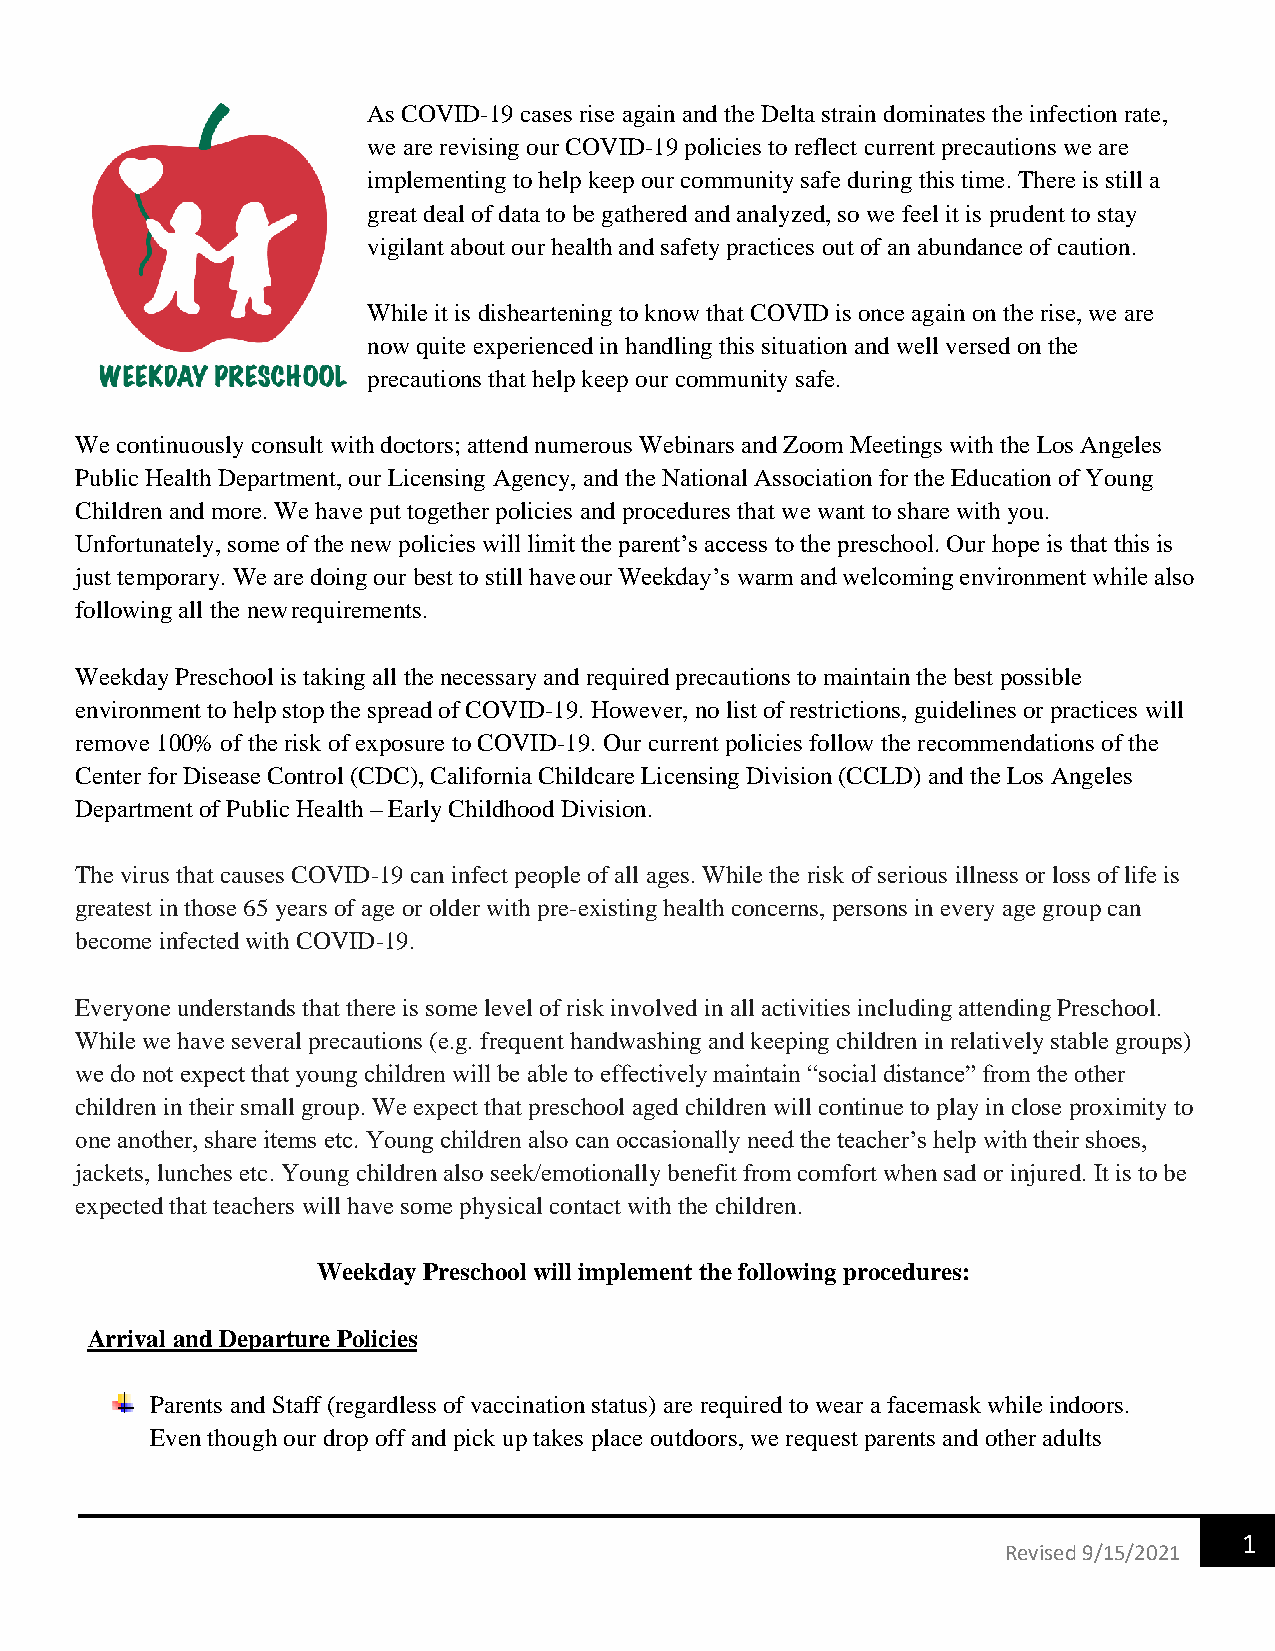
As COVID-19 cases rise again and the Delta strain dominates the infection rate,
 we are revising our COVID-19 policies to reflect current precautions we are
 implementing to help keep our community safe during this time. There is still a
 great deal of data to be gathered and analyzed, so we feel it is prudent to stay
 vigilant about our health and safety practices out of an abundance of caution.
 While it is disheartening to know that COVID is once again on the rise, we are
 now quite experienced in handling this situation and well versed on the
 precautions that help keep our community safe.
 We continuously consult with doctors; attend numerous Webinars and Zoom Meetings with the Los Angeles
 Public Health Department, our Licensing Agency, and the National Association for the Education of Young
 Children and more. We have put together policies and procedures that we want to share with you.
 Unfortunately, some of the new policies will limit the parent’s access to the preschool. Our hope is that this is
 just temporary. We are doing our best to still have our Weekday’s warm and welcoming environment while also
 following all the new requirements.
 Weekday Preschool is taking all the necessary and required precautions to maintain the best possible
 environment to help stop the spread of COVID-19. However, no list of restrictions, guidelines or practices will
 remove 100% of the risk of exposure to COVID-19. Our current policies follow the recommendations of the
 Center for Disease Control (CDC), California Childcare Licensing Division (CCLD) and the Los Angeles
 Department of Public Health – Early Childhood Division.
 The virus that causes COVID-19 can infect people of all ages. While the risk of serious illness or loss of life is
 greatest in those 65 years of age or older with pre-existing health concerns, persons in every age group can
 become infected with COVID-19.
 Everyone understands that there is some level of risk involved in all activities including attending Preschool.
 While we have several precautions (e.g. frequent handwashing and keeping children in relatively stable groups)
 we do not expect that young children will be able to effectively maintain “social distance” from the other
 children in their small group. We expect that preschool aged children will continue to play in close proximity to
 one another, share items etc. Young children also can occasionally need the teacher’s help with their shoes,
 jackets, lunches etc. Young children also seek/emotionally benefit from comfort when sad or injured. It is to be
 expected that teachers will have some physical contact with the children.
 Weekday Preschool will implement the following procedures:
 Arrival and Departure Policies
 Parents and Staff (regardless of vaccination status) are required to wear a facemask while indoors.
 Even though our drop off and pick up takes place outdoors, we request parents and other adults
 1
 Revised 9/15/2021